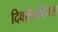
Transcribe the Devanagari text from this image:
दिवसेन्‌दिवस